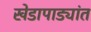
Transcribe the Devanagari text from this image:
खेडापाड्यांत